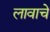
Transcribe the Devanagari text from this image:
लावाचे